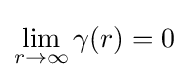
\lim _{r\to \infty }\gamma (r)=0